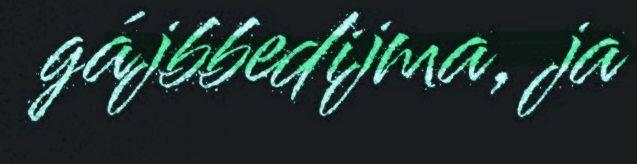
gájbbedijma, ja